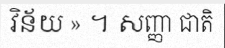
វិន័យ » ។ សញ្ញា ជាតិ